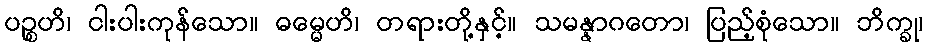
ပဉ္စဟိ၊ ငါးပါးကုန်သော။ ဓမ္မေဟိ၊ တရားတို့နှင့်။ သမန္နာဂတော၊ ပြည့်စုံသော။ ဘိက္ခု၊